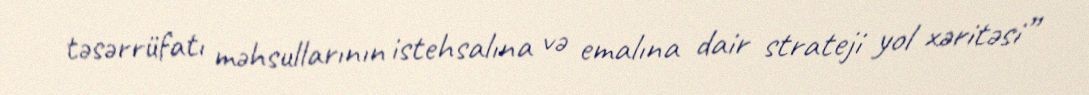
təsərrüfatı məhsullarının istehsalına və emalına dair strateji yol xəritəsi”